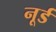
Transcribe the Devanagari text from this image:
नूर्ड